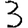
Digit: 3